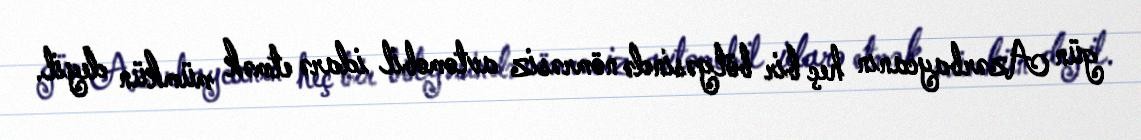
gün Azərbaycanın heç bir bölgəsində nömrəsiz avtomobil idarə etmək mümkün deyil.